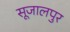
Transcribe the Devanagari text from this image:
सूजालपुर